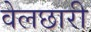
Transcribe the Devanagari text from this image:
वेलछारी